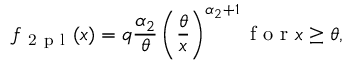
f _ { \mathrm { ~ 2 ~ p ~ l ~ } } ( x ) = q \frac { \alpha _ { 2 } } { \theta } \left( \frac \theta x \right) ^ { \alpha _ { 2 } + 1 } \mathrm { ~ f ~ o ~ r ~ } x \ge \theta ,